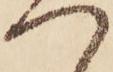
つ